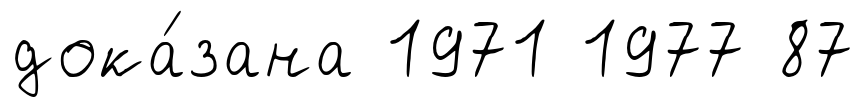
дока́зана 1971 1977 87